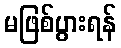
မဖြစ်ပွားရန်